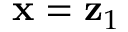
\mathbf { x } = \mathbf { z } _ { 1 }